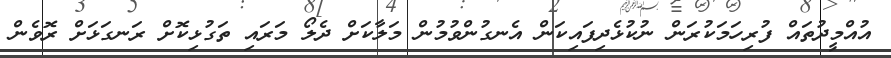
އުއްމީދުތައް ފުރިހަމަކުރަން ނުކުޅެދިފައިކަން އެނގުންވުމުން މަލާކަށް ދެލޯ މަރައި ތަގުޅިކޮށް ރަނގަޅަށް ރޮވެން